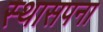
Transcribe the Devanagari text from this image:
स्थासपना